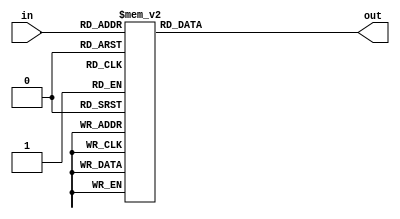
module decoder_3_8 (
    input wire [2:0] in,
    output reg [7:0] out
);
    always @ (*) begin
        case(in)
            3'd0:begin out=8'b00000001; end
            3'd1:begin out=8'b00000010; end
            3'd2:begin out=8'b00000100; end
            3'd3:begin out=8'b00001000; end
            3'd4:begin out=8'b00010000; end
            3'd5:begin out=8'b00100000; end
            3'd6:begin out=8'b01000000; end
            3'd7:begin out=8'b10000000; end
            default:begin
                out=32'b0;
            end
        endcase
    end
endmodule